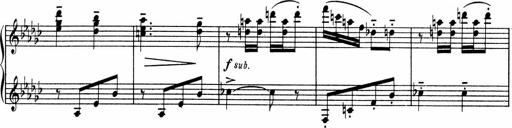
Title: Sonatine pour piano
Composer: Albert Roussel